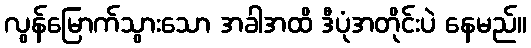
လွန်မြောက်သွားသော အခါအထိ ဒီပုံအတိုင်းပဲ နေမည်။